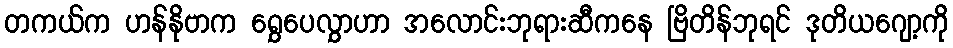
တကယ်က ဟန်နိုဗာက ရွှေပေလွှာဟာ အလောင်းဘုရားဆီကနေ ဗြိတိန်ဘုရင် ဒုတိယဂျော့ကို